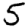
Digit: 5